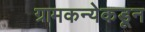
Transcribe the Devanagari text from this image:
ग्रामकन्येकडून